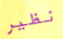
نظير